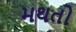
મથતો